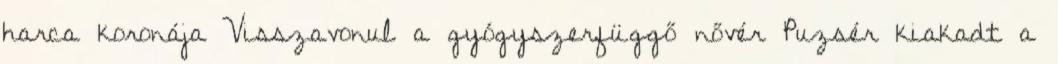
harca koronája Visszavonul a gyógyszerfüggő nővér Puzsér kiakadt a